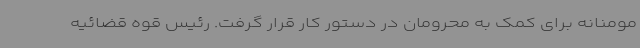
مومنانه برای کمک به محرومان در دستور کار قرار گرفت. رئیس قوه قضائیه